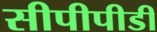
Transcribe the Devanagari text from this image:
सीपीपीडी